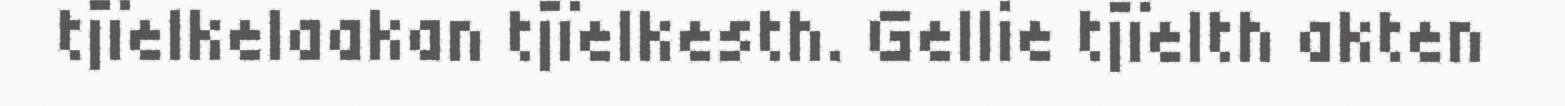
tjïelkelaakan tjïelkesth. Gellie tjïelth akten